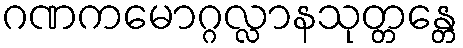
ဂဏကမောဂ္ဂလ္လာနသုတ္တန္တေ